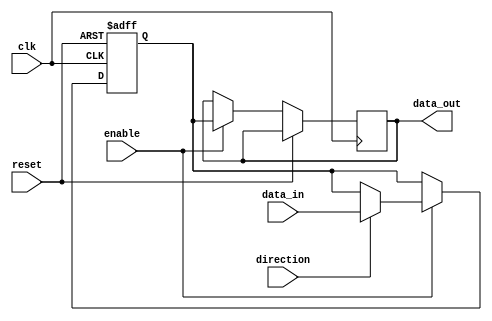
module compensated_bidirectional_buffer (
    input wire clk,
    input wire reset,
    input wire enable,
    input wire direction,
    input wire [7:0] data_in,
    output reg [7:0] data_out
);

reg [7:0] buffer;

always @ (posedge clk or posedge reset) begin
    if (reset) begin
        buffer <= 8'h00;
    end else if (enable) begin
        if (direction) begin
            data_out <= buffer;
            buffer <= data_in;
        end else begin
            data_out <= buffer;
        end
    end
end

endmodule